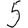
Digit: 5